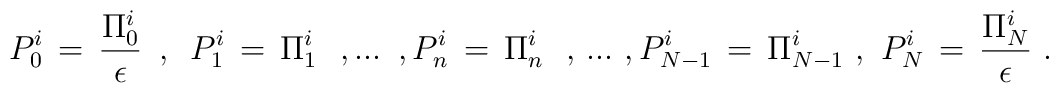
P_0^i \,=\,{\Pi_0^i \over \epsilon}\,\,\,,\,\,\,P_1^i \,=\, \Pi_1^i \,\,\,\,,...\,\,\,,P_n^i \,=\, \Pi_n^i \,\,\,\,,\,...\,\,,P_{N-1}^i \,=\,\Pi_{N-1}^i \,\,,\,\,P_N^i \,=\,{\Pi_N^i \over \epsilon}\,\,.